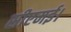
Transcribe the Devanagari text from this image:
सीएमई।